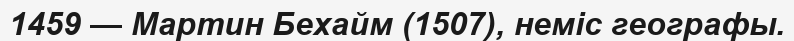
1459 — Мартин Бехайм (1507), неміс географы.